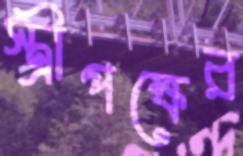
স্ত্রীপক্ষের